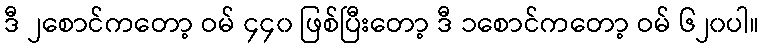
ဒီ ၂စောင်ကတော့ ဝမ် ၄၄၀ ဖြစ်ပြီးတော့ ဒီ ၁စောင်ကတော့ ဝမ် ၆၂၀ပါ။